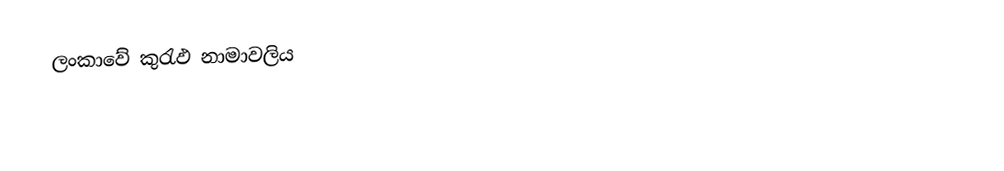
ලංකාවේ කුරැඵ නාමාවලිය